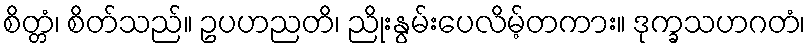
စိတ္တံ၊ စိတ်သည်။ ဥပဟညတိ၊ ညိုးနွမ်းပေလိမ့်တကား။ ဒုက္ခသဟဂတံ၊